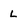
Character: L